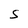
Character: S